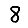
Digit: 8